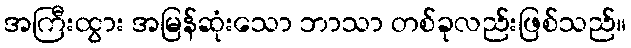
အကြီးထွား အမြန်ဆုံးသော ဘာသာ တစ်ခုလည်းဖြစ်သည်။